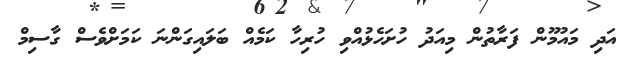
އަދި މައުމޫން ފަރާތުން މިއަދު ހުށަހެޅުއްވި ހުރިހާ ކަމެއް ބަލައިގަންނަ ކަމަށްވެސް ގާސިމް